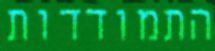
התמודדות